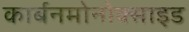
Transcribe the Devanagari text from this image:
कार्बनमोनोक्साइड